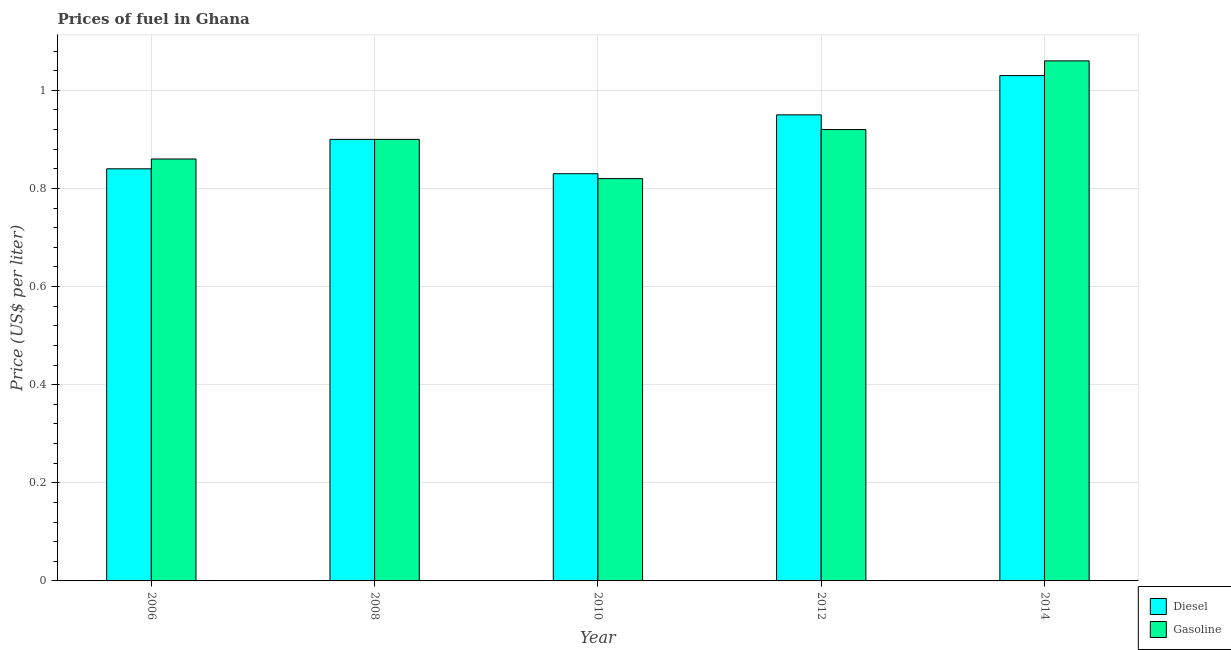
| Year | Diesel | Gasoline |
 | --- | --- | --- |
 | 2006 | 0.84 | 0.86 |
 | 2008 | 0.9 | 0.9 |
 | 2010 | 0.83 | 0.82 |
 | 2012 | 0.95 | 0.92 |
 | 2014 | 1.03 | 1.06 |